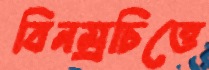
বিনম্রচিত্তে